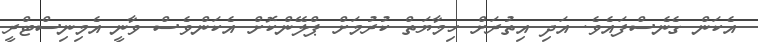
އެކަން ގެނެސްފައެވެ. އަދި އިތުރަށް ހިމާޔަތް ކުރުމަށް ޕްލޭންކޮށް އެކަންވެސް ވާނީ އެމިނިސްޓްރީ